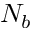
N _ { b }